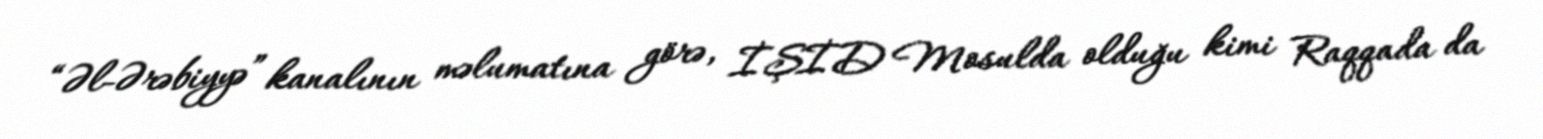
“Əl-Ərəbiyyə” kanalının məlumatına görə, İŞİD Mosulda olduğu kimi Raqqada da